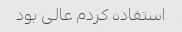
استفاده کردم عالی بود